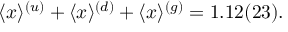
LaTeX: \langle x \rangle ^ { ( u ) } + \langle x \rangle ^ { ( d ) } + \langle x \rangle ^ { ( g ) } = 1 . 1 2 ( 2 3 ) .